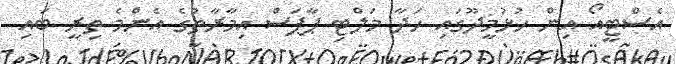
އެސްޓީއޯ އިން ހުޅުމީދޫގައި ހަދާ މަލްޓި ޕާޕަސް އިމާރާތުގެ އެންމެ ތިރީ ބައި